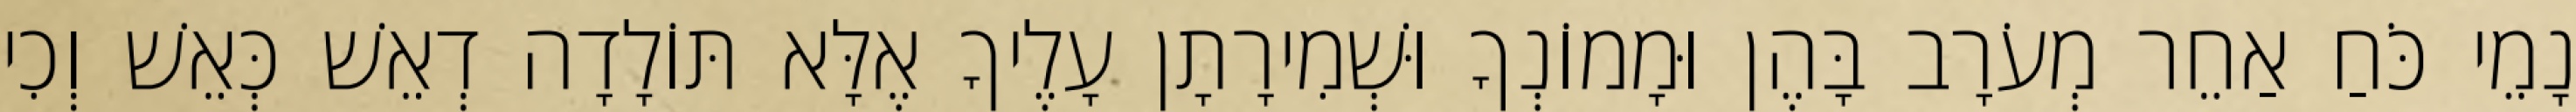
נָמֵי כֹּחַ אַחֵר מְעֹרָב בָּהֶן וּמָמוֹנְךָ וּשְׁמִירָתָן עָלֶיךָ אֶלָּא תּוֹלָדָה דְאֵשׁ כְּאֵשׁ וְכִי